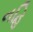
નહિ